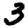
Digit: 3